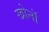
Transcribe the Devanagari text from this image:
खोनों